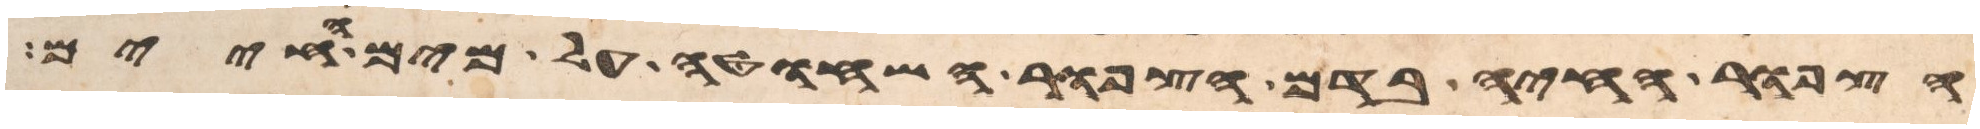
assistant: הצפור החיה בדם הצפור השחוטה על מים החיים